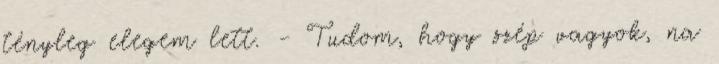
tényleg elegem lett. - Tudom, hogy szép vagyok, na